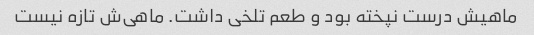
ماهیش درست نپخته بود و طعم تلخی داشت. ماهی‌ش تازه نیست